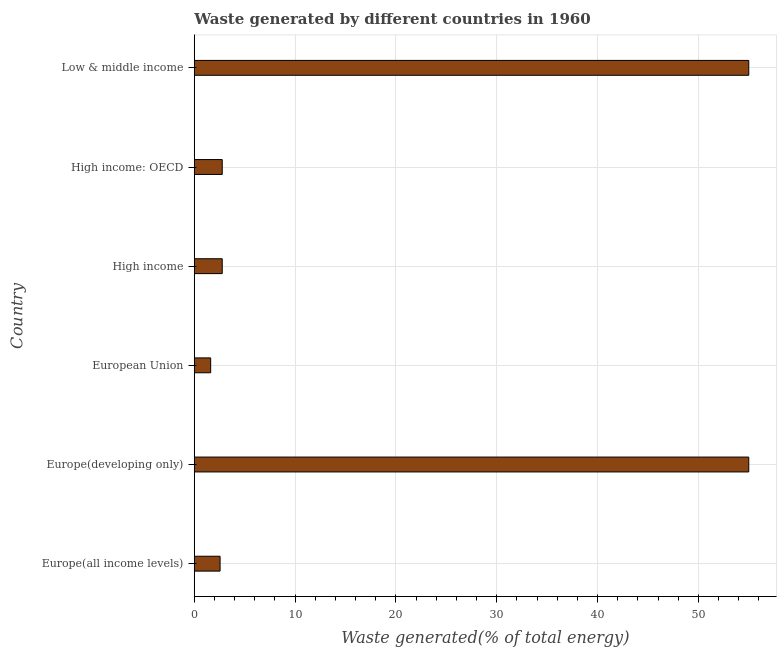
| Country | Combustible renewables and waste (% of total energy) |
 | --- | --- |
 | Europe(all income levels) | 2.56 |
 | Europe(developing only) | 55 |
 | European Union | 1.63 |
 | High income | 2.77 |
 | High income: OECD | 2.77 |
 | Low & middle income | 55 |